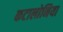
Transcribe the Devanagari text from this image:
कटालोनिया